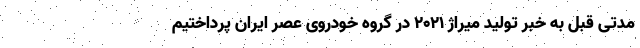
مدتی قبل به خبر تولید میراژ 2021 در گروه خودروی عصر ایران پرداختیم